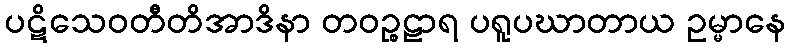
ပဋိသေဝတီတိအာဒိနာ တဝဉ္စဠာရ ပရူပဃာတာယ ဥမ္မာနေ